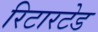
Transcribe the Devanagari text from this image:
रिटारटेड